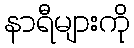
နာရီများကို